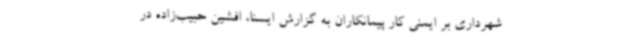
شهرداری بر ایمنی کار پیمانکاران به گزارش ایسنا، افشین حبیب‌زاده در